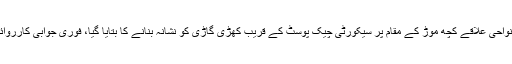
22 مارچ کو کوئٹہ کے نواحی علاقے کچھ موڑ کے مقام پر سیکورٹی چیک پوسٹ کے قریب کھڑی گاڑی کو نشانہ بنانے کا بتایا گیا، فوری جوابی کارروائی میں حملہ آور مارا گیا۔